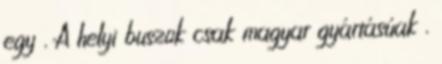
egy . A helyi buszok csak magyar gyártásúak .